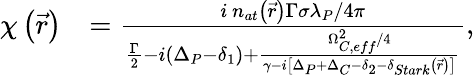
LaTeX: \begin{array}{rl}{\chi\left(\vec{r}\right)}&{=\frac{i\, n_{at}\left(\vec{r}\right)\Gamma\sigma\lambda_{P}/4\pi}{\frac{\Gamma}{2}-i(\Delta_{P}-\delta_{1})+\frac{\Omega_{C,eff}^{2}/4}{\gamma-i\left[\Delta_{P}+\Delta_{C}-\delta_{2}-\delta_{Stark}\left(\vec{r}\right)\right]}},}\end{array}